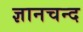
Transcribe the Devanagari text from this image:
ज्ञानचन्द